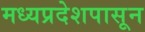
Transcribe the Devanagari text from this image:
मध्यप्रदेशपासून